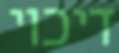
דיכוי